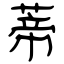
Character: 蒂